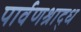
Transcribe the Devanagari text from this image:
पार्वणश्राद्ध